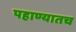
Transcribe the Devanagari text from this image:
पहाण्यातच